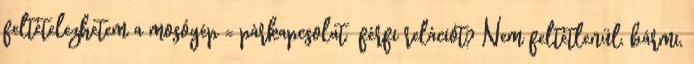
feltételezhetem a mosógép = párkapcsolat férfi relációt? Nem feltétlenül, bármi,